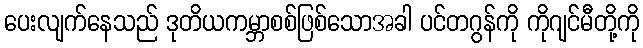
ပေးလျက်နေသည် ဒုတိယကမ္ဘာစစ်ဖြစ်သောအခါ ပင်တဂွန်ကို ကိုဂျင်မီတို့ကို